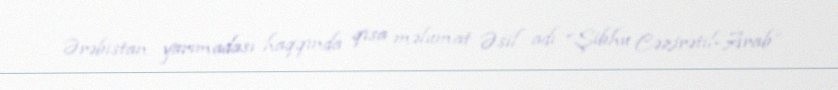
Ərəbistan yarımadası haqqında qısa məlumat Əsil adı “Şibhu Cəzirətil-Arab”